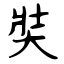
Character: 奘